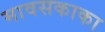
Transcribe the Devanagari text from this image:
मावसकाका